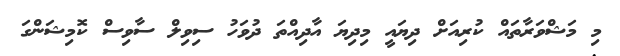
މި މަޝްވަރާތައް ކުރިއަށް ދިޔައީ މިދިޔަ އާދިއްތަ ދުވަހު ސިވިލް ސާވިސް ކޮމިޝަންގަ